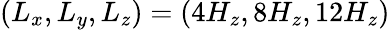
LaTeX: (L_{x},L_{y},L_{z})=(4H_{z},8H_{z},12H_{z})